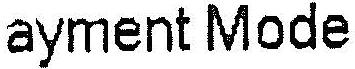
PAYMENT MODE